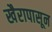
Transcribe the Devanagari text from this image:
खैरापासून